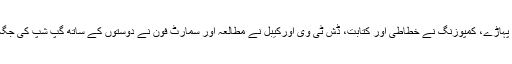
کیلکولیٹرنے پہاڑے، کمپوزنگ نے خطاطی اور کتابت، ڈش ٹی وی اورکیبل نے مطالعہ اور سمارٹ فون نے دوستوں کے ساتھ گپ شپ کی جگہ لے لی ہے۔